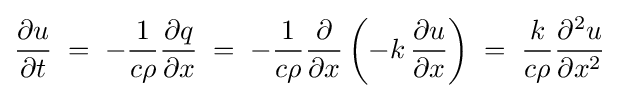
{\frac {\partial u}{\partial t}}\;=\;-{\frac {1}{c\rho }}{\frac {\partial q}{\partial x}}\;=\;-{\frac {1}{c\rho }}{\frac {\partial }{\partial x}}\left(-k\,{\frac {\partial u}{\partial x}}\right)\;=\;{\frac {k}{c\rho }}{\frac {\partial ^{2}u}{\partial x^{2}}}